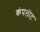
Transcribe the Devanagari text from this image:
कंपलीट